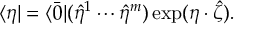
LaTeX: \langle \eta | = \langle \bar { 0 } | ( \hat { \eta } ^ { 1 } \cdots \hat { \eta } ^ { m } ) \exp ( \eta \cdot \hat { \zeta } ) .